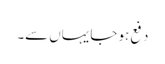
دفع ہو جا یہاں سے۔